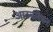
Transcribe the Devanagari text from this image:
आठवलेकर